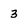
Character: 3